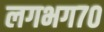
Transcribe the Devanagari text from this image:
लगभग७०